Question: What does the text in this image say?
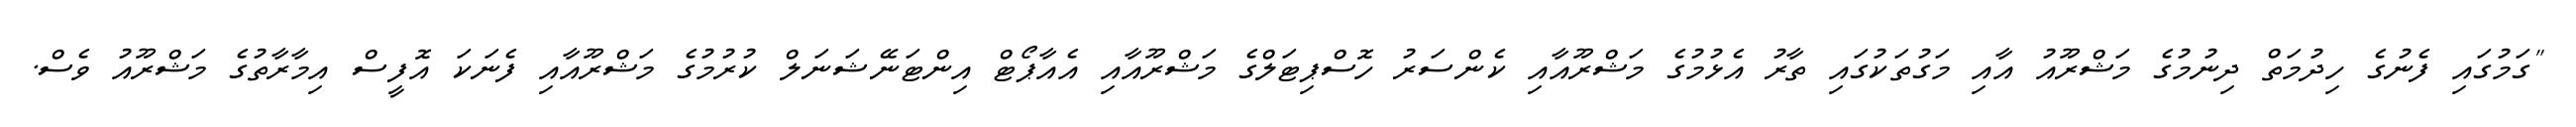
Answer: "ގަމުގައި ފެނުގެ ހިދުމަތް ދިނުމުގެ މަޝްރޫއު އާއި މަގުތަކުގައި ތާރު އެޅުމުގެ މަޝްރޫއާއި ކެންސަރު ހޮސްޕިޓަލްގެ މަޝްރޫއާއި އެއާޕޯޓް އިންޓަނޭޝަނަލް ކުރުމުގެ މަޝްރޫއާއި ފެނަކަ އޮފީސް އިމާރާތުގެ މަޝްރޫއު ވެސް.